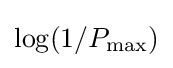
\log(1/P_{\rm {max}})